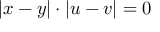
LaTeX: | x - y | \cdot | u - v | = 0